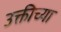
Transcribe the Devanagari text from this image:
उक्तीच्या